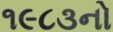
૧૯૮૩નો